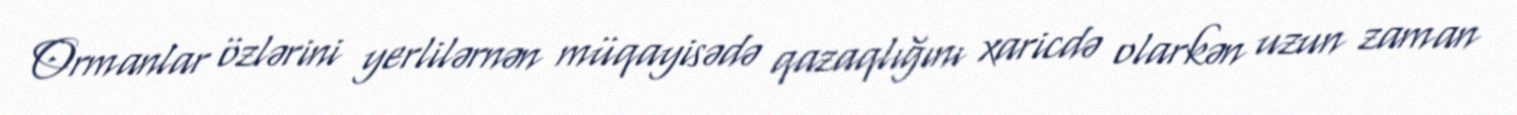
Ormanlar özlərini yerlilərnən müqayisədə qazaqlığını xaricdə olarkən uzun zaman